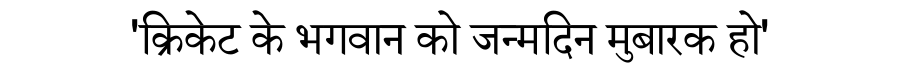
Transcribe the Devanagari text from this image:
'क्रिकेट के भगवान को जन्मदिन मुबारक हो'